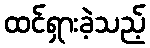
ထင်ရှားခဲ့သည့်